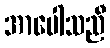
အာပေါသညီ